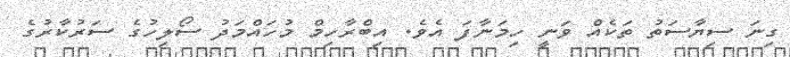
ގިނަ ސިޔާސަތު ތަކެއް ވަނީ ހިމަނާފަ އެވެ. އިބްރާހިމް މުހައްމަދު ސޯލިހުގެ ސަރުކާރުގެ